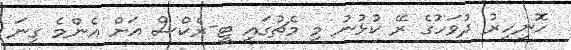
ހޮނިހިރު ދުވަހުގެ ރޭ ކުޅުނު މި މެޗުގައި ޓީ-ރެކްސް އަށް އެންމެ ގިނަ